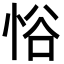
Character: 𪫹